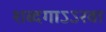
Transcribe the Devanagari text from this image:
शब्दगाऽऽरवा